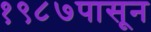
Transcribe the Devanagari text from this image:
१९८७पासून